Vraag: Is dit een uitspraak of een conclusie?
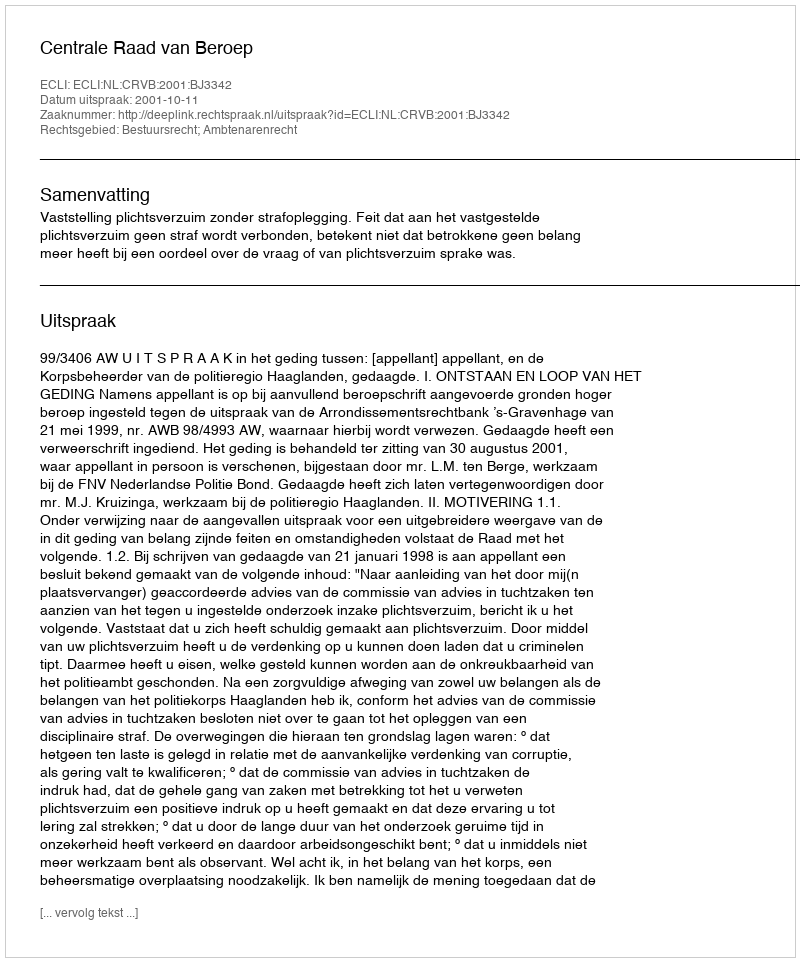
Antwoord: Uitspraak